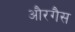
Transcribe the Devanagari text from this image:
औरगैस